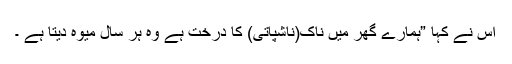
اس نے کہا ”ہمارے گھر میں ناک(ناشپاتی) کا درخت ہے وہ ہر سال میوہ دیتا ہے ۔